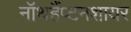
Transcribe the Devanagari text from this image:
नॉथहैंप्टनशायर